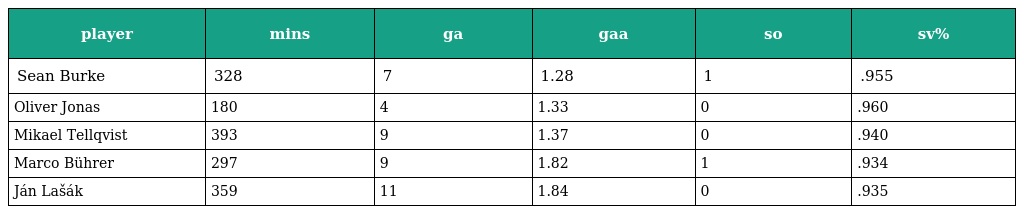
| player | mins | ga | gaa | so | sv% |
 | --- | --- | --- | --- | --- | --- |
 | Sean Burke | 328 | 7 | 1.28 | 1 | .955 |
 | Oliver Jonas | 180 | 4 | 1.33 | 0 | .960 |
 | Mikael Tellqvist | 393 | 9 | 1.37 | 0 | .940 |
 | Marco Bührer | 297 | 9 | 1.82 | 1 | .934 |
 | Ján Lašák | 359 | 11 | 1.84 | 0 | .935 |